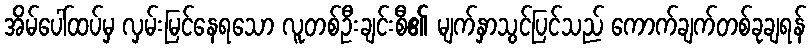
အိမ်ပေါ်ထပ်မှ လှမ်းမြင်နေရသော လူတစ်ဦးချင်းစီ၏ မျက်နှာသွင်ပြင်သည် ကောက်ချက်တစ်ခုချရန်